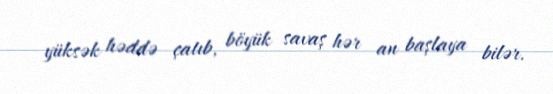
yüksək həddə çatıb, böyük savaş hər an başlaya bilər.